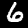
Label: 6